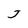
Character: J